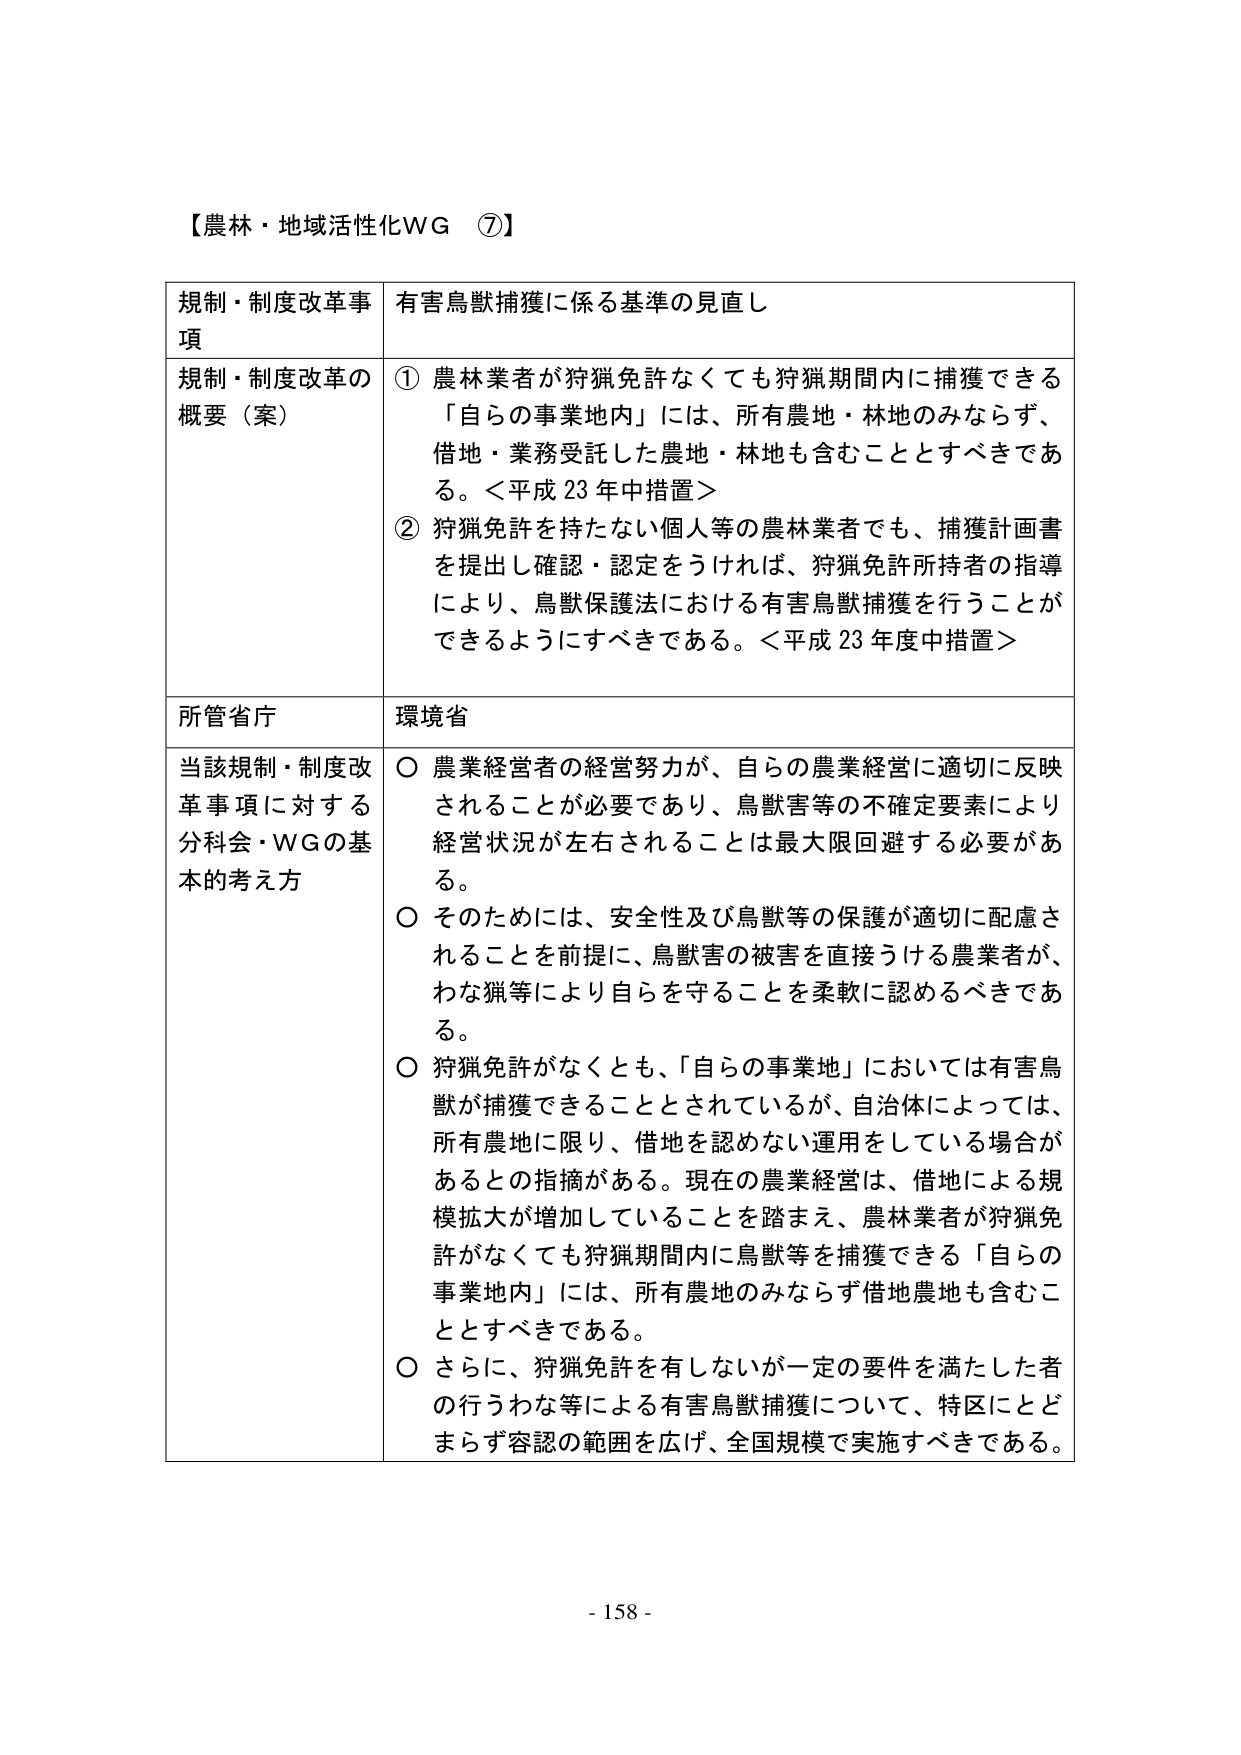
【農林・地域活性化WG ⑦】

規制・制度改革事項　有害鳥獣捕獲に係る基準の見直し

規制・制度改革の概要（案）
① 農林業者が狩猟免許なくても狩猟期間内に捕獲できる「自らの事業地内」には、所有農地・林地のみならず、借地・業務受託した農地・林地も含むこととすべきである。＜平成23年中措置＞
② 狩猟免許を持たない個人等の農林業者でも、捕獲計画書を提出し確認・認定をうければ、狩猟免許所持者の指導により、鳥獣保護法における有害鳥獣捕獲を行うことができるようにすべきである。＜平成23年度中措置＞

所管省庁　環境省

当該規制・制度改革事項に対する分科会・WGの基本的考え方
○ 農業経営者の経営努力が、自らの農業経営に適切に反映されることが必要であり、鳥獣害等の不確定要素により経営状況が左右されることは最大限回避する必要がある。
○ そのためには、安全性及び鳥獣等の保護が適切に配慮されることを前提に、鳥獣害の被害を直接うける農業者が、わな猟等により自らを守ることを柔軟に認めるべきである。
○ 狩猟免許がなくとも、「自らの事業地」においては有害鳥獣が捕獲できることとされているが、自治体によっては、所有農地に限り、借地を認めない運用をしている場合があるとの指摘がある。現在の農業経営は、借地による規模拡大が増加していることを踏まえ、農林業者が狩猟免許がなくても狩猟期間内に鳥獣等を捕獲できる「自らの事業地内」には、所有農地のみならず借地農地も含むこととすべきである。
○ さらに、狩猟免許を有しないが一定の要件を満たした者の行うわな等による有害鳥獣捕獲について、特区にとどまらず容認の範囲を広げ、全国規模で実施すべきである。

- 158 -